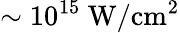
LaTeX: \sim 10^{15}\ \mathrm{{W/cm^{2}}}